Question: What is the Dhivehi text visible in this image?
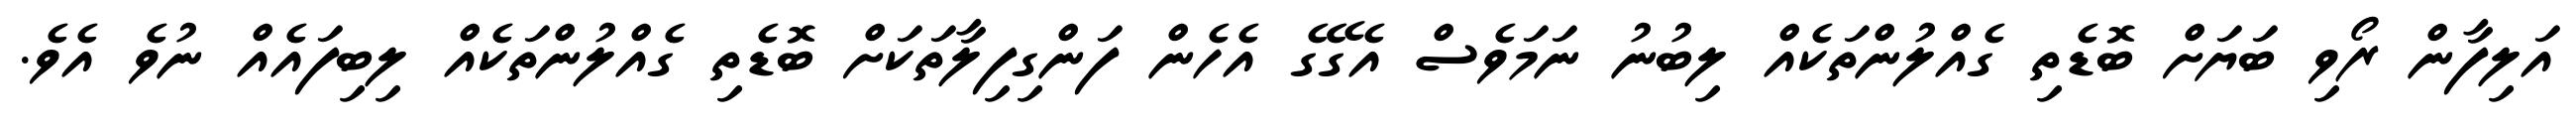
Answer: އަލިފާން ރޯވި ބަޔަށް ބޮޑެތި ގެއްލުންތަކެއް ލިބުނު ނަމަވެސް އެގޭގެ އެހެން ފަންގިފިލާތަކަށް ބޮޑެތި ގެއްލުންތަކެއް ލިބިފައެއް ނުވެ އެވެ.